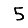
Digit: 5